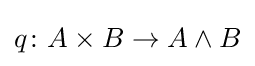
q\colon A\times B\to A\wedge B